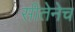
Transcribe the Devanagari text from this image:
सीतेनेच